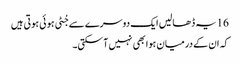
16 یہ ڈھالیں ایک دوسرے سے جُٹی ہو ئی ہو تی ہیں
کہ ان کے درمیان ہوا بھی نہیں آسکتی۔